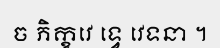
ច ភិក្ខវេ ទ្វេ វេទនា ។